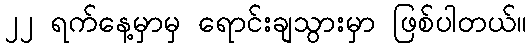
၂၂ ရက်နေ့မှာမှ ရောင်းချသွားမှာ ဖြစ်ပါတယ်။